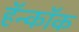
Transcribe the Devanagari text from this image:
हॅन्कॉक